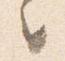
々